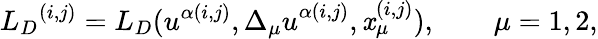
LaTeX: {{L}_{D}}^{(i,j)}={L}_{D}(u^{\alpha(i,j)},{\Delta_{\mu}u}^{\alpha(i,j)},\mathit{x}_{\mu}^{(i,j)}),\qquad\mu=1,2,